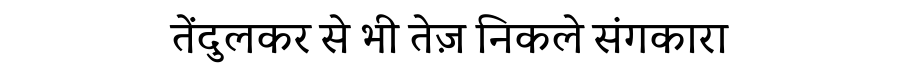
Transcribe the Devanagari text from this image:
तेंदुलकर से भी तेज़ निकले संगकारा